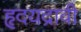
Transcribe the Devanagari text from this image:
हृदयद्रावी